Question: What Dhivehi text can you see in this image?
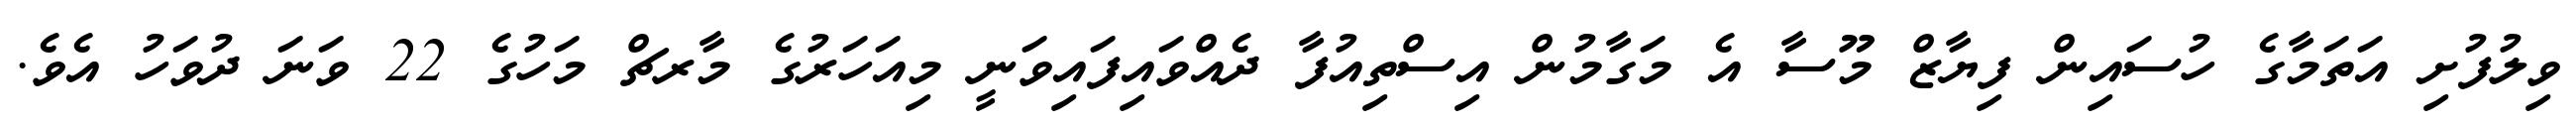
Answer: ވިލުފުށި އަތަމާގެ ހުސައިން ފިޔާޒް މޫސާ އެ މަގާމުން އިސްތިއުފާ ދެއްވައިފައިވަނީ މިއަހަރުގެ މާރޗް މަހުގެ 22 ވަނަ ދުވަހު އެވެ.